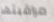
مراقبتها